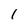
Character: 1